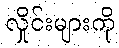
လှိုင်းများကို